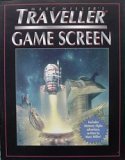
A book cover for Traveller: Game Screen: Traveller Role Supplement; Marc Miller; Science Fiction & Fantasy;